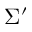
\Sigma ^ { \prime }